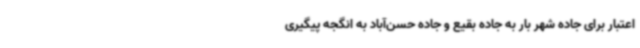
اعتبار برای جاده شهر بار به جاده بقیع و جاده حسن‌آباد به انگجه پیگیری